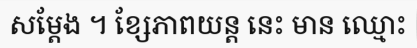
សម្តែង ។ ខ្សែភាពយន្ត នេះ មាន ឈ្មោះ